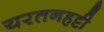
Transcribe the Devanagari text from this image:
यरतनहट्टी